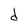
Character: d